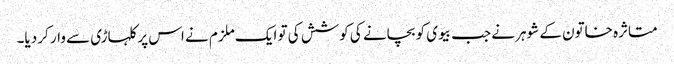
متاثرہ خاتون کے شوہر نے جب بیوی کو بچانے کی کوشش کی تو ایک ملزم نے اس پر کلہاڑی سے وار کر دیا۔